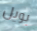
بويل